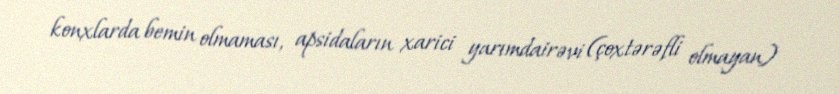
konxlarda bemin olmaması, apsidaların xarici yarımdairəvi (çoxtərəfli olmayan)